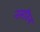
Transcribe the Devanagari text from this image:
नसरिन